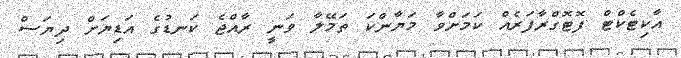
އާކިޓެކްޓް ފޮޓޮގްރާފަރެއް ކަމަށްވާ މަޔާންކަ ތަމޭލާ ވަނީ ރާއްޖެ ކަނޑުގެ އަޑިޔަށް ދިޔަސް